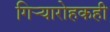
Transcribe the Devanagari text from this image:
गिऱ्यारोहकही